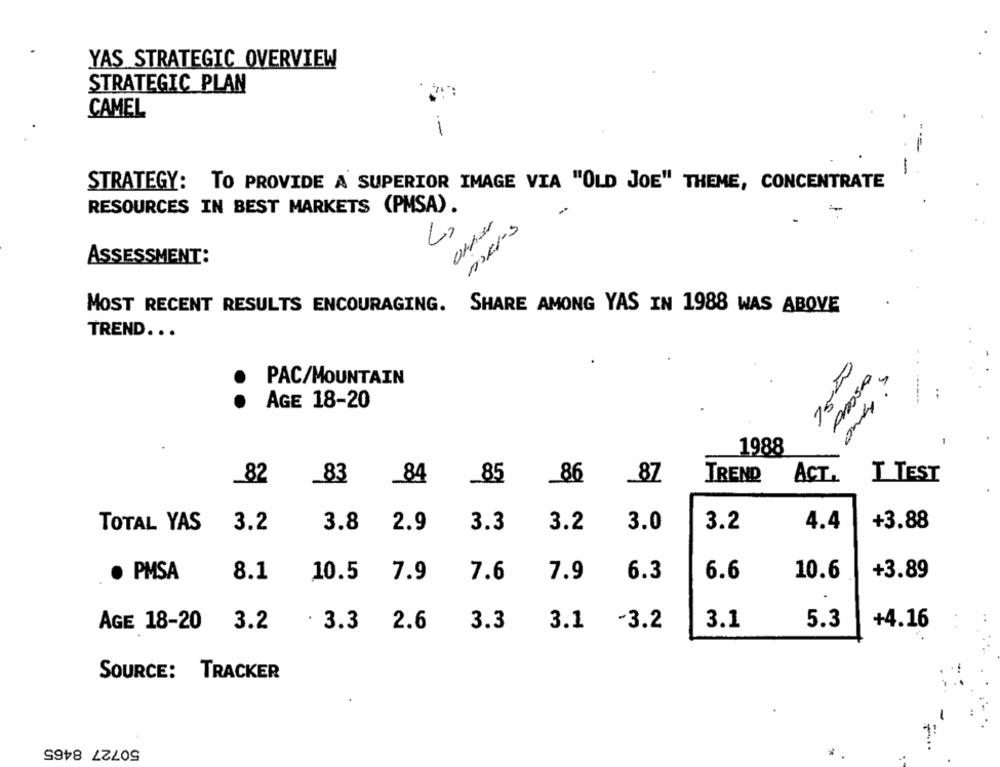
YAS STRATEGIC OVERVIEW
STRATEGIC PLAN
CAMEL
-
STRATEGY: TO PROVIDE A SUPERIOR IMAGE VIA "OLD JOE" THEME, CONCENTRATE
RESOURCES IN BEST MARKETS (PMSA).
=
15110
ASSESSMENT:
5-17/10
MOST RECENT RESULTS ENCOURAGING. SHARE AMONG YAS IN 1988 WAS ABOVE
TREND ...
75,20
S
PAC/MOUNTAIN
..
AGE 18-20
oscar
1988
ACT.
82
83
_84
85
86
_87
TREND
T TEST
TOTAL YAS
3.2
3.8
2.9
3.3
3.2
3.0
3.2
4.4
+3.88
8.1
7.9
7.9
6.3
6.6
10.6
+3.89
· PMSA
10.5
7.6
AGE 18-20
3.2
. 3.3
2.6
3.3
3.1
-3.2
3.1
5.3
+4.16
SOURCE: TRACKER
50727 8465
-